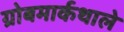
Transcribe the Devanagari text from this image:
ग्रोबमार्कथाले